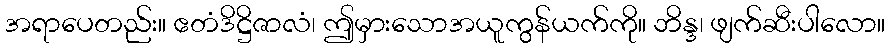
အရာပေတည်း။ ဧတံဒိဋ္ဌိဇာလံ၊ ဤမှားသောအယူကွန်ယက်ကို။ ဘိန္ဒ၊ ဖျက်ဆီးပါလော။